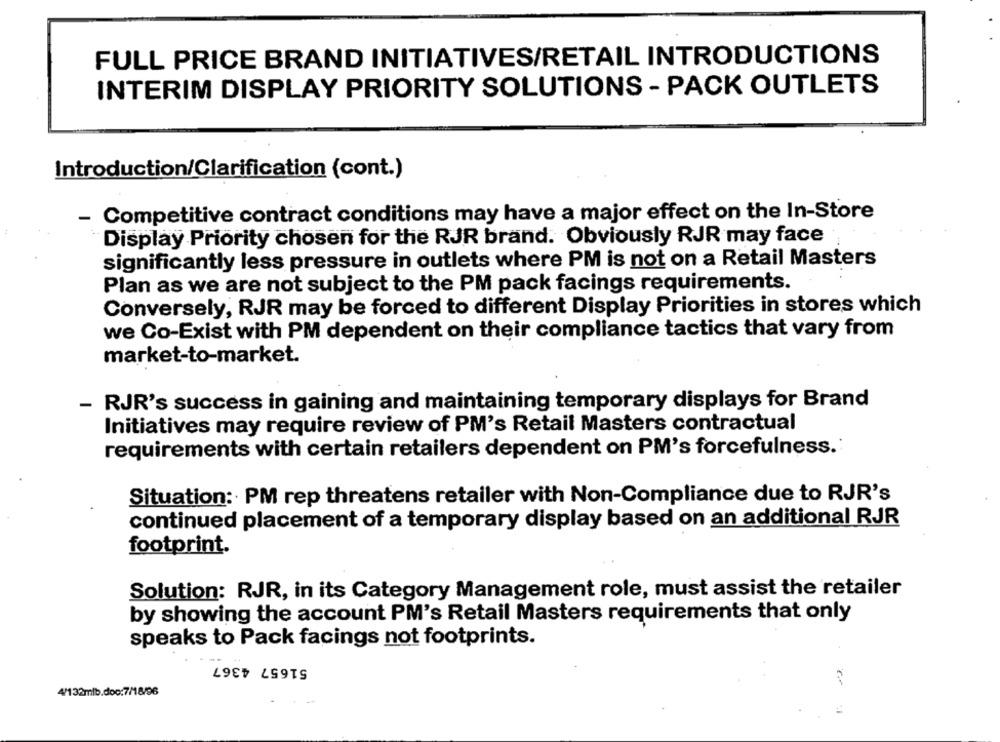
FULL PRICE BRAND INITIATIVES/RETAIL INTRODUCTIONS
INTERIM DISPLAY PRIORITY SOLUTIONS - PACK OUTLETS
Introduction/Clarification (cont.)
Competitive contract conditions may have a major effect on the In-Store
-
Display Priority chosen for the RJR brand. Obviously RJR may face
significantly less pressure in outlets where PM is not on a Retail Masters
Plan as we are not subject to the PM pack facings requirements.
Conversely, RJR may be forced to different Display Priorities in stores which
we Co-Exist with PM dependent on their compliance tactics that vary from
market-to-market.
- RJR's success in gaining and maintaining temporary displays for Brand
Initiatives may require review of PM's Retail Masters contractual
requirements with certain retailers dependent on PM's forcefulness.
Situation: PM rep threatens retailer with Non-Compliance due to RJR's
continued placement of a temporary display based on an additional RJR
footprint.
Solution: RJR, in its Category Management role, must assist the retailer
by showing the account PM's Retail Masters requirements that only
speaks to Pack facings not footprints.
51657 4367
4/132mlb.doc:7/18/96